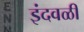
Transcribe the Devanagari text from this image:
इंदवळी